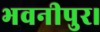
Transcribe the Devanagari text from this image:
भवनीपुर।